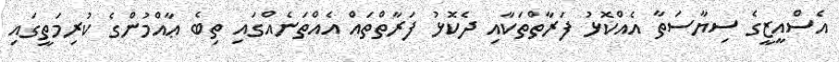
އެސްއީޒީގެ ސިޔާސަތާ އެއްކޮޅު ފަރާތްތަކާއި ދެކޮޅު ފަރާތްތައް އެއްތަނެއްގައި ތިބެ ޢާއްމުންގެ ކުރިމަތީގައި